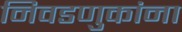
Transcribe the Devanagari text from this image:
निवडणुकांना